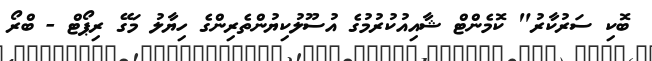
ބޮކި ސަރުކާރު" ކޮމެންޓް ޝާއިއުކުރުމުގެ އުސޫލުކިޔުންތެރިންގެ ހިޔާލު މަގޭ ރިޕޯޓް - ބްރޯ